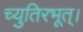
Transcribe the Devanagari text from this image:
च्युतिरभूत्।